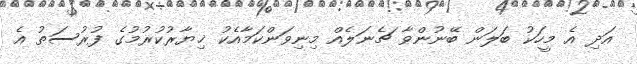
އަދި އެ މީހަކު ބަލަން ބޭނުންވާ ޗެނަލެއް މިނިވަންކަމާއެކު ޚިޔާރުކުރުމުގެ ފުރުސަތު އެ